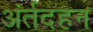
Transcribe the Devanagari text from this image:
अंर्तदहन